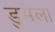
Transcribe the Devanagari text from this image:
डुमेला